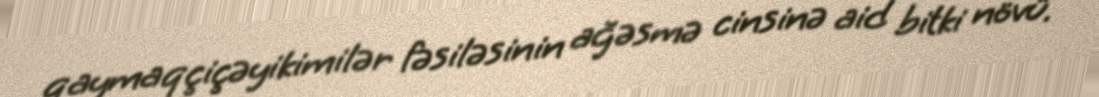
qaymaqçiçəyikimilər fəsiləsinin ağəsmə cinsinə aid bitki növü.